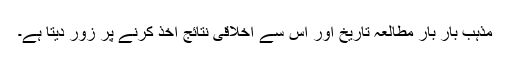
مذہب بار بار مطالعۂ تاریخ اور اس سے اخلاقی نتائج اخذ کرنے پر زور دیتا ہے۔